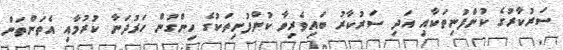
ސަރުކާރުގެ ކުންފުނިތަކާއި އަދި ސަރުކާރު ބައިވެރިވާ ކުންފުނިތަކުގެ ހިންގުން ހަރުދަނާ ކުރުމާއި އެތަންތަން